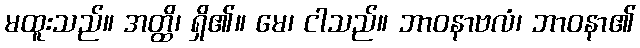
မထူးသည်။ အတ္ထိ၊ ရှိ၏။ မေ၊ ငါသည်။ ဘာဝနာဗလံ၊ ဘာဝနာ၏